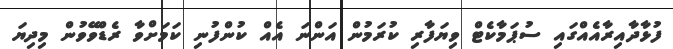
ފުޅާދާއިރާއެއްގައި ސުޕަމާކެޓް ވިޔަފާރި ކުރަމުން އަންނަ އެއް ކުންފުނި ކަމަށްވާ ރެޑްވޭވުން މިދިޔަ